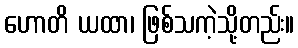
ဟောတိ ယထာ၊ ဖြစ်သကဲ့သို့တည်း။